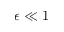
\epsilon \ll 1